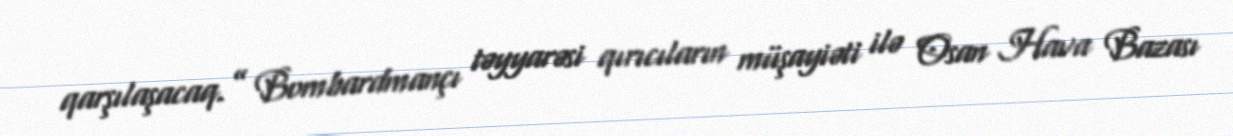
qarşılaşacaq.” Bombardmançı təyyarəsi qırıcıların müşayiəti ilə Osan Hava Bazası